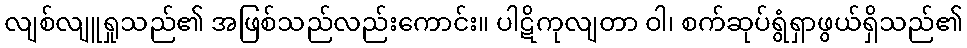
လျစ်လျူရှုသည်၏ အဖြစ်သည်လည်းကောင်း။ ပါဋိကုလျတာ ဝါ၊ စက်ဆုပ်ရွံရှာဖွယ်ရှိသည်၏